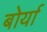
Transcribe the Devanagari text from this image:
बोर्या